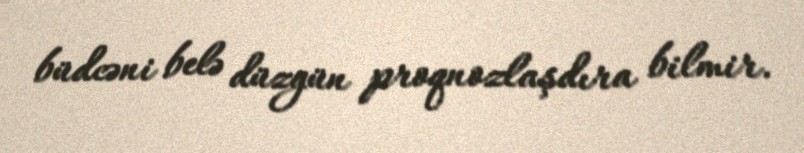
büdcəni belə düzgün proqnozlaşdıra bilmir.